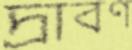
দ্রাবণ